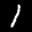
Label: 1